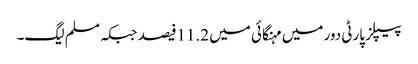
پیپلز پارٹی دور میں مہنگائی میں 11.2فیصد جبکہ مسلم لیگ۔